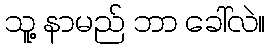
သူ့ နာမည် ဘာ ခေါ်လဲ။